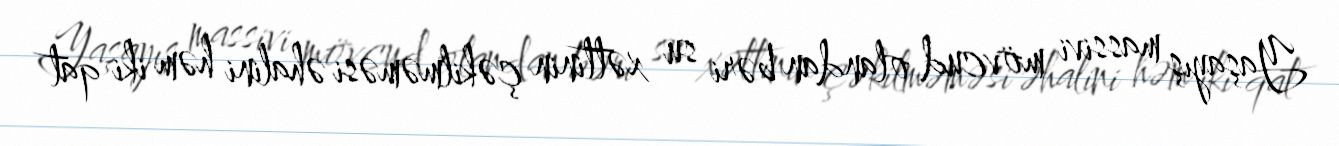
Yaşayış massivi mövcud olandan bəri su xəttinin çəkilməməsi əhalini həm iki qat